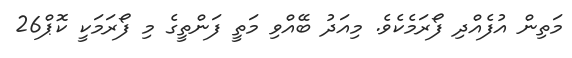
މަތިން އުފެއްދި ފޯރަމެެކެވެ. މިއަދު ބޭއްވި މަތީ ފަންތީގެ މި ފޯރަމަކީ ކޮޕް26